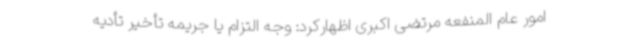
امور عام المنفعه مرتضی اکبری اظهارکرد: وجه التزام یا جریمه تأخیر تأدیه